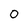
Character: 0